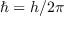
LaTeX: \hbar = h / 2 \pi